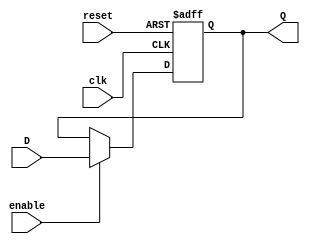
//Diego Alejandro Mndez Hernndez
//Proyecto uP en Verilog

module ffD(input clk, reset, enable, input D, output reg Q);

    always @(posedge clk, posedge reset) begin
      //Hacemos que el reset haga Q = 0
      if (reset) begin
        Q <= 0;
        end
      //Hacemos que el Enable funcione
      else if (enable) begin
        Q <= D;
        end
    end //Always
endmodule

module ffD2B (input clk, reset, enable, input[1:0] D, output wire[1:0] Q);

    ffD U2(clk, reset, enable, D[1], Q[1]);
    ffD U1(clk, reset, enable, D[0], Q[0]);

endmodule // ffD2B

module ffD4B (input clk, reset, enable, input[3:0] D, output wire[3:0] Q);
    ffD U1(clk, reset, enable, D[0], Q[0]);
    ffD U2(clk, reset, enable, D[1], Q[1]);
    ffD U3(clk, reset, enable, D[2], Q[2]);
    ffD U4(clk, reset, enable, D[3], Q[3]);

endmodule // ffD4B

module Flags(input wire clk, reset, enable, carryon, zerroz, output wire Q1, Q0);
 wire[1:0] D, Q;
  assign D[1]= carryon;
  assign D[0]= zerroz;

    ffD2B U1(clk, reset, enable, D, Q);
  assign  Q1=Q[1];
  assign  Q0=Q[0];
endmodule

//Este es un buffer de 4 bits que son los que se encuentran conectados al data bus
module TriBuff(input wire[3:0] A, input wire EN, output wire[3:0] Y);

 assign Y= EN ? A : 4'bz;

endmodule // TriBuff

module accu(input clk, reset, enable, input wire[3:0] D, output reg[3:0] Q);

    always @(posedge clk, posedge reset) begin
      //Hacemos que el reset haga Q = 0
      if (reset) begin
        Q <= 0;
        end
      //Hacemos que el Enable funcione
      else if (enable) begin
        Q <= D;
        end
     end //Always
endmodule

module ALU(input wire[3:0] A, B, input wire[2:0] S, output wire Carry, Zero, output wire[3:0] Y );

  reg[4:0] Y_5;

    always@(A,B,S) begin

      case(S)
      //Para que carry no este en alta
          default: Y_5 <= 5'b00000;
          //Sacar del accumulator
          3'b000:  Y_5<= A ;
          //Compare y Resta
          3'b001:  Y_5<= A - B;
          //Dejar pasar B
          3'b010:  Y_5<= B;
          //Suma A y B
          3'b011:  Y_5<= A + B;
          //NAND, se hace una concatenacin para no tomar en cuenta el primer bit de carry
          3'b100:  Y_5<={ 1'b0, ~(A&B)};


      endcase
      end
    assign Carry= Y_5[4];
    assign Y=Y_5[3:0];
    assign Zero = (Y_5[3:0]==0)? 1 : 0;

endmodule

 //FFT phase
module ffT (input wire clk, reset, output wire Q);
  wire enable;
  assign enable=1;
  wire jumper;
  not(jumper, Q);

  ffD U1(clk, reset, enable, jumper, Q);

endmodule // ffT

//Contador de 12bits
module contador(input wire clk, reset, EN, load, input wire[11:0] inpload, output reg[11:0] Q);

    wire D[11:0];

      always @(posedge clk, posedge reset) begin
        //Hacemos que el reset haga Q = 0
        if (reset) begin
          Q <= 12'b0;
        end

        //Hacemos que Q se 10 cuando sea load
        else if (load) begin
            Q <= inpload;
        end

        //Hacemos que Q sea D
        else if (EN) begin
            Q <= Q +1;
        end
      end

endmodule
//Decoder
module decoder(input wire[6:0] F, output wire inPC, loadPC, loadA, loadFlags, output wire[2:0]S, output wire csRAM, weRAM, oeALU, oeIN, oeOprnd, loadOut);

  reg[12:0] Y;

  always@(F) begin
    casez(F)

       default: Y <= 13'b0000000000000;
    //Implementamos la tabla con cases
    7'bzzzzzz0: Y <= 13'b1000000001000;
    7'b00001z1: Y <= 13'b0100000001000;// JC
    7'b00000z1: Y <= 13'b1000000001000;// JC
    7'b00011z1: Y <= 13'b1000000001000;// JNC
    7'b00010z1: Y <= 13'b0100000001000;// JNC
    7'b0010zz1: Y <= 13'b0001001000010;// CMPI
    7'b0011zz1: Y <= 13'b1001001100000;// CMPM
    7'b0100zz1: Y <= 13'b0011010000010;// LIT
    7'b0101zz1: Y <= 13'b0011010000100;// IN
    7'b0110zz1: Y <= 13'b1011010100000;// LD
    7'b0111zz1: Y <= 13'b1000000111000;// ST
    7'b1000z11: Y <= 13'b0100000001000;// JZ
    7'b1000z01: Y <= 13'b1000000001000;// JZ
    7'b1001z11: Y <= 13'b1000000001000;// JNZ
    7'b1001z01: Y <= 13'b0100000001000;// JNZ
    7'b1010zz1: Y <= 13'b0011011000010;// ADDI
    7'b1011zz1: Y <= 13'b1011011100000;// ADDM
    7'b1100zz1: Y <= 13'b0100000001000;// JMP
    7'b1101zz1: Y <= 13'b0000000001001;// OUT
    7'b1110zz1: Y <= 13'b0011100000010;// NANDI
    7'b1111zz1: Y <= 13'b1011100100000;// NANDM


      endcase
      end

    assign inPC=Y[12];
    assign loadPC= Y[11];
    assign loadA= Y[10];
    assign loadFlags= Y[9];
    assign S= Y[8:6];
    assign csRAM= Y[5];
    assign weRAM= Y[4];
    assign oeALU= Y[3];
    assign oeIN= Y[2];
    assign oeOprnd= Y[1];
    assign loadOut= Y[0];

endmodule

//Memoria ROM
module memoria(input wire[11:0] address, output wire [7:0] data);

  reg[7:0] memory[0:4095];

    initial begin
  //recordar hacer la lista con .list
   $readmemh("EPROM.list", memory);
    end

   assign data = memory[address];

endmodule
  //Fetch
module fetch(input wire clk, reset, enable, input wire[7:0] D, output wire[3:0] instr, oprnd);

    reg[7:0]Q;

      always @(posedge clk, posedge reset) begin

        if (reset) begin
          Q<=0;
        end

        if (clk) begin
          Q<=D;
        end
      end

    assign instr = Q[7:4];
    assign oprnd = Q[3:0];

endmodule

//Modulo de la memoria RAM
module RAM(input wire[11:0] RAMaddress, input wire csRAM, weRAM, inout wire [3:0] RAMdata);

    reg[3:0] dataout;
    reg[3:0] memory[0:4095];


        //Modulo de escritura (ST)
          always @ (RAMaddress or RAMdata or weRAM or RAMdata) begin
              if (csRAM && weRAM) begin
                memory[RAMaddress]<= RAMdata;
              end
          end

        //Modulo de lectura (LD)
        always @ (RAMaddress or RAMdata or csRAM) begin
            if (csRAM && !weRAM) begin
               dataout <= memory[RAMaddress];
            end
        end

        //Buffer de la RAM para evitar para la contencion
         assign RAMdata= (csRAM && !weRAM) ? dataout : 4'bz;
  endmodule


module uP(input wire clock, reset, input wire[3:0] pushbuttons, output wire phase, c_flag, z_flag, output wire[3:0] instr, oprnd, data_bus, FF_out, accu, output wire[7:0] program_byte, output wire[11:0] PC, address_RAM);
  wire notphase, carry, zerro;

  wire[6:0] F;
  wire[3:0] wireY;
  wire[2:0] S;

  //Aqui se concatenan los bits de instr, c_flag y z_flag al decoder
  assign F[6:3]= instr;
  assign F[2]= c_flag;
  assign F[1]= z_flag;
  assign F[0]= phase;

  //Concatenacin del address_RAM
  assign address_RAM[11:8] = oprnd;
  assign address_RAM[7:0] = program_byte;

  //Not phase para el phase
  not(notphase, phase);

  //FF tipo T del phace
  ffT ffphase(clock, reset, phase);

  //PC en este entra el load PC y el incremento PC junto con el address RAM
  contador ProgCounter(clock, reset, inPC, loadPC, address_RAM, PC);

  //La Rom recibe el PC del counter
  memoria ROM(PC, program_byte);

  //El decoder recibe las flags, instr y phase
  decoder Deco(F, inPC, loadPC, loadA, loadFlags, S, csRAM, weRAM, oeALU, oeIN, oeOprnd, loadOut);

  //El fetch separa el program_byte entre instr y oprnd siendo el enable el not phase
  fetch Fetch(clock, reset, notphase, program_byte, instr, oprnd);

  //Buffer para el oprnd
  TriBuff BuffOprnd(oprnd, oeOprnd, data_bus);

  //Memoria RAM single input/output
  RAM Ram(address_RAM, csRAM, weRAM, data_bus);

  //En la alu ingresa las instrucciones del decoder el wire Y va hacia la accu y el buffer del ALU
  ALU Alu(accu, data_bus, S, carry, zero, wireY);

  //El buffer ALu recibe los datos del wireY que es la salida del ALU
  TriBuff BuffALU(wireY, oeALU, data_bus);

  //Guarda los datos que salen de la ALU
  accu ACCU(clock, reset, loadA, wireY , accu);

  //Es un flip flop 2bits que gurada los valores de las banderas y las regresa al decoder
  Flags flags(clock, reset, loadFlags, carry, zero, c_flag, z_flag);

  //Permite la entrada de datos con un tri buffer
  TriBuff Inputs(pushbuttons, oeIN, data_bus);

  //Es un flip flop 4b que permite la salida de datos
  ffD4B Outputs(clock, reset, loadOut, data_bus, FF_out);



endmodule